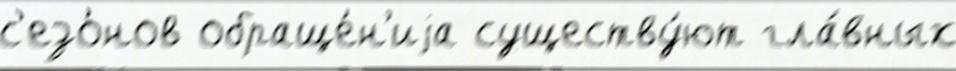
с'езо́нов обраще́н'иjа существу́ют гла́вных